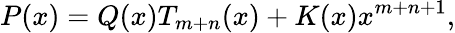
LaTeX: P(x)=Q(x)T_{m+n}(x)+K(x)x^{m+n+1},